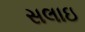
સલાઇ